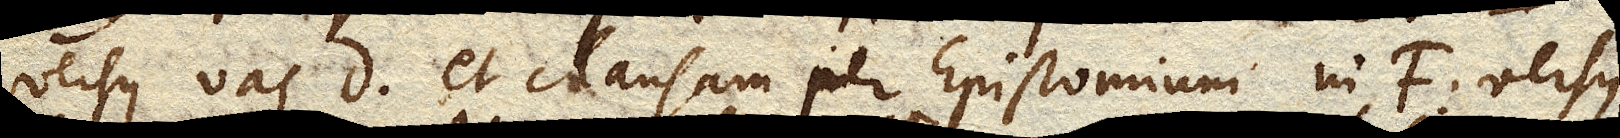
versus vas D et clausam per Epistomium in F versus